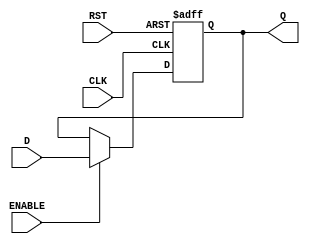
module IntermediateRegister #(
    parameter WIDTH = 8  // Parameter for data width, default is 8 bits
)(
    input wire [WIDTH-1:0] D,    // Data input
    input wire CLK,               // Clock signal
    input wire RST,               // Asynchronous reset signal
    input wire ENABLE,            // Optional enable signal
    output reg [WIDTH-1:0] Q      // Data output
);
    
    // Sequential logic for the register behavior
    always @(posedge CLK or posedge RST) begin
        if (RST) begin
            Q <= {WIDTH{1'b0}}; // Reset output to 0
        end else if (ENABLE) begin
            Q <= D; // Capture data on clock edge
        end
        // If ENABLE is low, Q retains its previous value
    end
    
endmodule